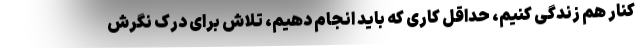
کنار هم زندگی کنیم، حداقل کاری که باید انجام دهیم، تلاش برای درک نگرش